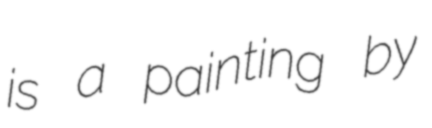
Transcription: is a painting by